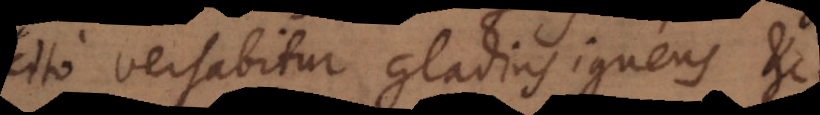
cito versabitur gladius igneus etc.